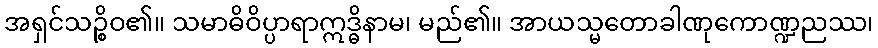
အရှင်သဉ္စိဝ၏။ သမာဓိဝိပ္ပာရာဣဒ္ဓိနာမ၊ မည်၏။ အာယသ္မတောခါဏုကောဏ္ဍညဿ၊